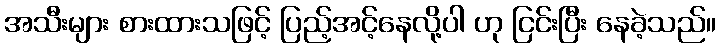
အသီးများ စားထားသဖြင့် ပြည့်အင့်နေလို့ပါ ဟု ငြင်းပြီး နေခဲ့သည်။